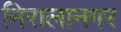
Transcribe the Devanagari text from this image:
निरालानगर